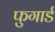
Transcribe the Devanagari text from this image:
फुगार्ड